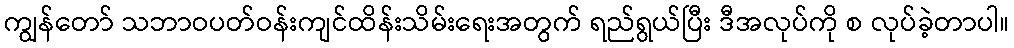
ကျွန်တော် သဘာဝပတ်ဝန်းကျင်ထိန်းသိမ်းရေးအတွက် ရည်ရွယ်ပြီး ဒီအလုပ်ကို စ လုပ်ခဲ့တာပါ။